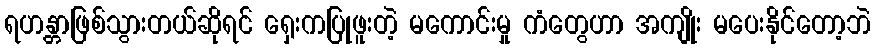
ရဟန္တာဖြစ်သွားတယ်ဆိုရင် ရှေးကပြုဖူးတဲ့ မကောင်းမှု ကံတွေဟာ အကျိုး မပေးနိုင်တော့ဘဲ